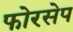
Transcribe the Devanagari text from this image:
फोरसेप